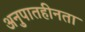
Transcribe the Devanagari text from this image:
अनुपातहीनता